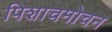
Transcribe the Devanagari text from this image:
पिशाचमोचन